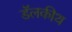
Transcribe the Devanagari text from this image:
डॅलकीथ